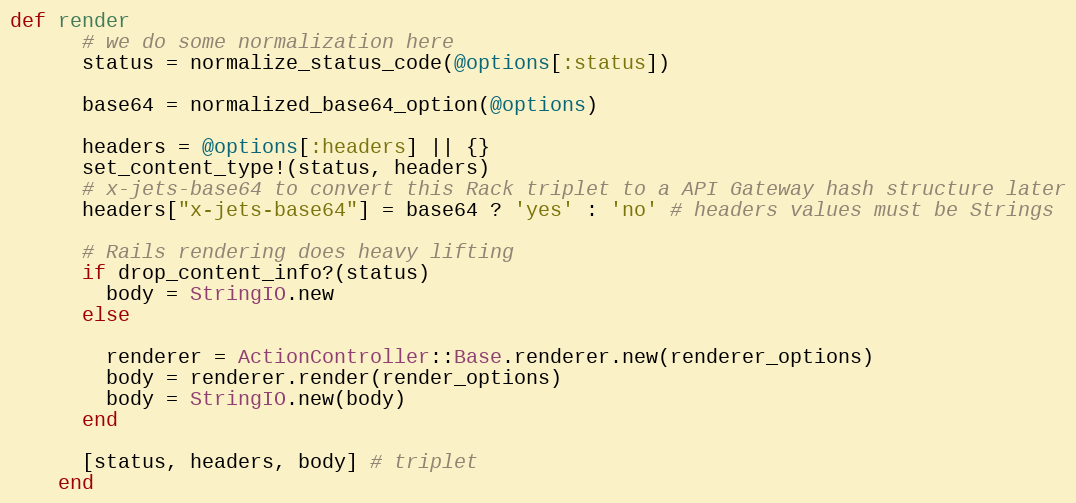
Language: Ruby
def render
      # we do some normalization here
      status = normalize_status_code(@options[:status])

      base64 = normalized_base64_option(@options)

      headers = @options[:headers] || {}
      set_content_type!(status, headers)
      # x-jets-base64 to convert this Rack triplet to a API Gateway hash structure later
      headers["x-jets-base64"] = base64 ? 'yes' : 'no' # headers values must be Strings

      # Rails rendering does heavy lifting
      if drop_content_info?(status)
        body = StringIO.new
      else

        renderer = ActionController::Base.renderer.new(renderer_options)
        body = renderer.render(render_options)
        body = StringIO.new(body)
      end

      [status, headers, body] # triplet
    end